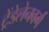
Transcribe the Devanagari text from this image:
ट्रेंडेलेनबर्ग